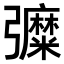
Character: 𢑀